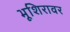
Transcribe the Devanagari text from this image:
भूशिरावर